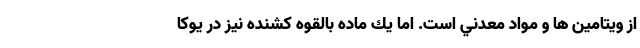
از ويتامين ها و مواد معدني است. اما يك ماده بالقوه كشنده نيز در يوكا